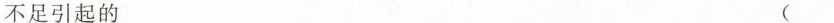
不足引起的 ( )